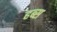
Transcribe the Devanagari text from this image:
हब्स